Report on vaccination in Madras 1877-1894 - 1877-1894
Year: 1877
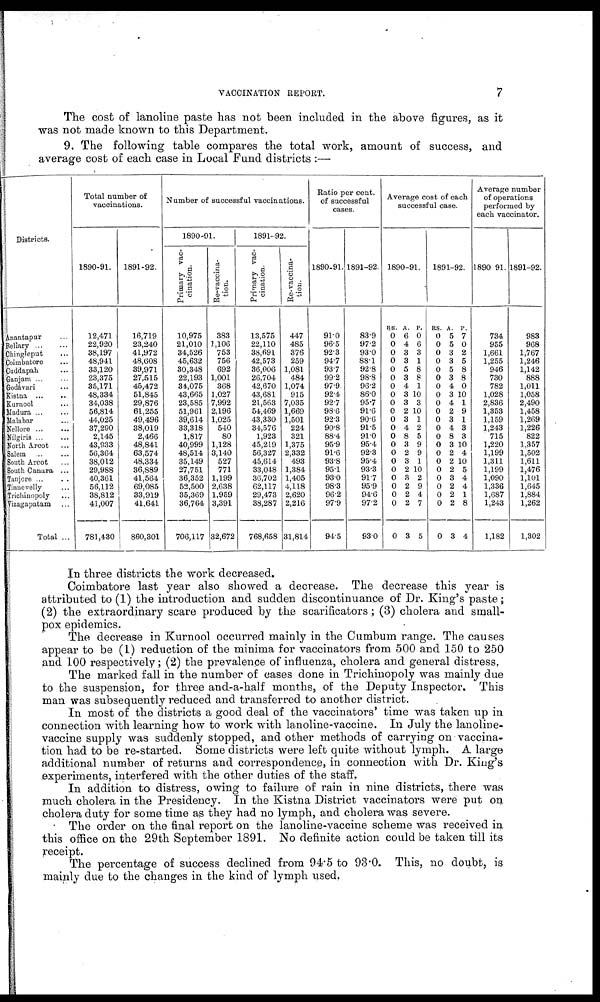
VACCINATION REPORT.
7
The cost of lanoline paste has not been included in the above figures, as it
was not made known to this Department.
9. The following table compares the total work, amount of success, and
average cost of each case in Local Fund districts :—
Districts.
Anantapur ...
Bellary ... ...
Chingleput ...
Coimbatore ...
Cuddapah ...
Ganjam ... ...
Godávari ...
Kistna ... ...
Kurnool ...
Madura ... ...
Malabar ...
Nellore ... ...
Nílgiris ... ...
North Arcot ...
Salem ... ...
South Arcot ...
South Canara ...
Tanjore ... ...
Tinnevelly ...
Trichinopoly ...
Vizagapatam ...
Total ...
Total number of
vaccinations.
1890-91.
12,471
22,920
38,197
48,941
33,120
23,375
35,171
48,334
34,038
56,814
44,025
37,290
2,145
43,933
56,364
38,012
29,988
40,361
56,112
38,812
41,007
781,430
1891-92.
16,719
23,240
41,972
48,608
39,971
27,515
45,472
51,845
29,876
61,255
49,496
38,019
2,466
48,841
63,574
48,334
36,889
41,564
69,085
33,919
41,641
860,301
Number of successful vaccinations.
1890-91.
Primary vac-
cination.
10,975
21,010
34,526
45,632
30,348
22,193
34,075
43,665
23,585
51,961
39,614
33,318
1,817
40,999
48,514
35,149
27,751
36,352
52,500
35,369
36,764
706,117
Re-vaccina-
tion.
383
1,106
753
756
692
1,001
368
1,027
7,992
2,196
1,025
540
80
1,128
3,140
527
771
1,199
2,638
1,959
3,391
32,672
1891-92.
Primary vac-
cination.
13,575
22,110
38,691
42,573
36,006
26,704
42,670
43,681
21,563
54,469
43,330
34,576
1,923
45,219
56,327
45,614
33,048
36,702
62,117
29,473
38,287
768,658
Re-vaccina-
tion.
447
485
376
259
1,081
484
1,074
915
7,035
1,669
1,501
224
321
1,375
2,332
493
1,384
1,405
4,118
2,620
2,216
31,814
Ratio per cent.
of successful
cases.
1890-91.
91.0
96.5
92.3
94.7
93.7
99.2
97.9
92.4
92.7
98.6
92.3
90.8
88.4
95.9
91.6
93.8
95.1
93.0
98.3
96.2
97.9
94.5
1891-92.
83.9
97.2
93.0
88.1
92.8
98.8
96.2
86.0
95.7
91.6
90.6
91.5
91.0
95.4
92.3
95.4
93.3
91.7
95.9
94.6
97.2
93.0
Average cost of each
successful case.
1890-91.
RS.
0
0
0
0
0
0
0
0
0
0
0
0
0
0
0
0
0
0
0
0
0
0
A.
6
4
3
3
5
3
4
3
3
2
3
4
8
3
2
3
2
3
2
2
2
3
P.
0
6
3
1
8
8
1
10
3
10
1
2
5
9
9
1
10
2
9
4
7
5
1891-92.
RS.
0
0
0
0
0
0
0
0
0
0
0
0
0
0
0
0
0
0
0
0
0
0
A.
5
5
3
3
5
3
4
3
4
2
3
4
8
3
2
2
2
3
2
2
2
3
P.
7
0
2
5
8
8
0
10
1
9
1
3
3
10
4
10
5
4
4
1
8
4
Average number
of operations
performed by
each vaccinator.
1890-91.
734
955
1,661
1,255
946
730
782
1,028
2,836
1,353
1,159
1,243
715
1,220
1,199
1,311
1,199
1,090
1,336
1,687
1,243
1,182
1891-92.
983
968
1,767
1,246
1,142
888
1,011
1,058
2,490
1,458
1,269
1,226
822
1,357
1,502
1,611
1,476
1,101
1,645
1,884
1,262
1,302
In three districts the work decreased.
Coimbatore last year also showed a decrease. The decrease this year is
attributed to (1) the introduction and sudden discontinuance of Dr. King's paste ;
(2) the extraordinary scare produced by the scarificators; (3) cholera and small-
pox epidemics.
The decrease in Kurnool occurred mainly in the Cumbum range. The causes
appear to be (1) reduction of the minima for vaccinators from 500 and 150 to 250
and 100 respectively; (2) the prevalence of influenza, cholera and general distress,
The marked fall in the number of cases done in Trichinopoly was mainly due
to the suspension, for three and-a-half months, of the Deputy Inspector. This
man was subsequently reduced and transferred to another district.
In most of the districts a good deal of the vaccinators' time was taken up in
connection with learning how to work with lanoline-vaccine. In July the lanoline-
vaccine supply was suddenly stopped, and other methods of carrying on vaccina-
tion had to be re-started. Some districts were left quite without lymph. A large
additional number of returns and correspondence, in connection with Dr. King's
experiments, interfered with the other duties of the staff.
In addition to distress, owing to failure of rain in nine districts, there was
much cholera in the Presidency. In the Kistna District vaccinators were put on
cholera duty for some time as they had no lymph, and cholera was severe.
The order on the final report on the lanoline-vaccine scheme was received in
this office on the 29th September 1891. No definite action could be taken till its
receipt.
The percentage of success declined from 94.5 to 93.0. This, no doubt, is
mainly due to the changes in the kind of lymph used.